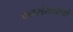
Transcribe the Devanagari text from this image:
जनसंख्यायों